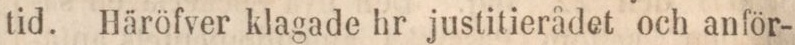
tid. Häröfver klagade hr justitierådet och anför-